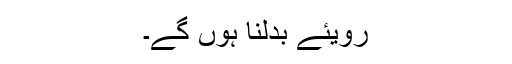
رویئے بدلنا ہوں گے۔